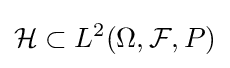
{\mathcal {H}}\subset L^{2}(\Omega ,{\mathcal {F}},P)